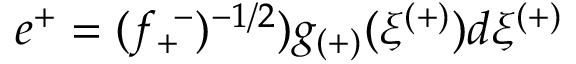
e ^ { + } = ( f _ { + } ^ { ~ - } ) ^ { - 1 / 2 } ) g _ { ( + ) } ( \xi ^ { ( + ) } ) d \xi ^ { ( + ) }